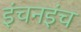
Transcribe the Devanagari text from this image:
इंचनइंच